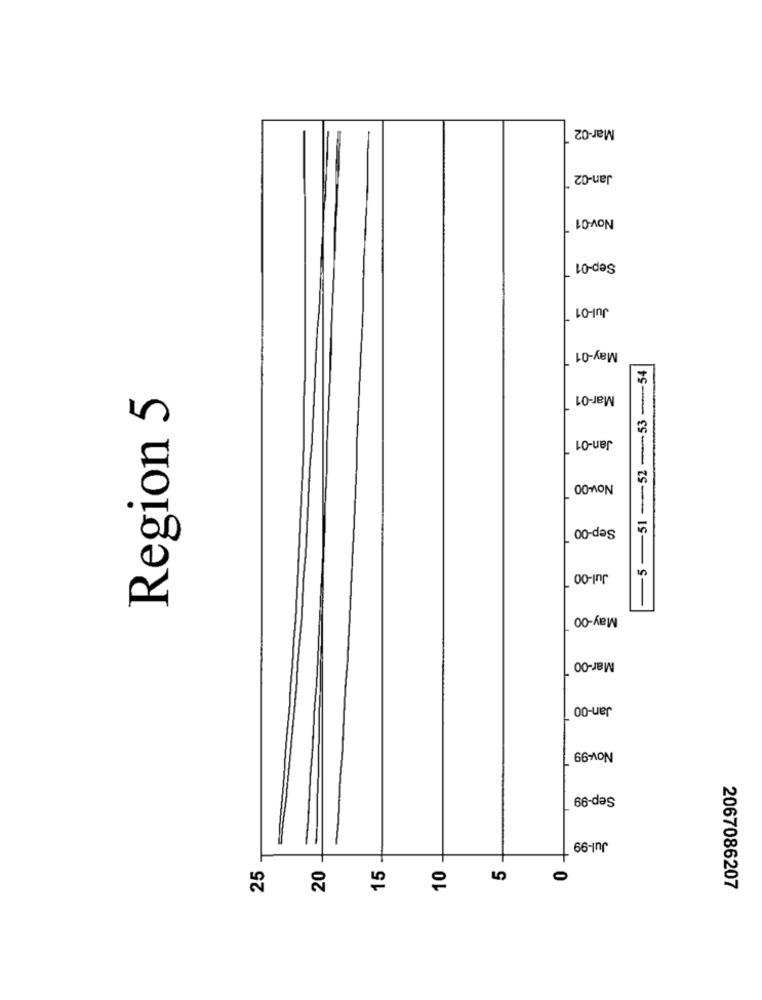
Mar-02
Jan-02
Nov-01
Sep-01
Jul-01
May-01
-5-51 -52 -53 -54
Region 5
Mar-01
Jan-01
Nov-00
Sep-00
Jul-00
May-00
Mar-00
Jan-00
Nov-99
Sep-99
Jul-99
25
15
10
20
0
2067086207